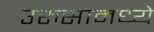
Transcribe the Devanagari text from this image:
उरुसामध्ये